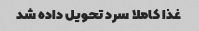
غذا کاملا سرد تحویل داده شد